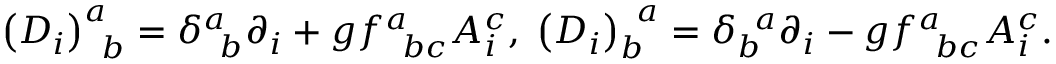
\left( D _ { i } \right) _ { \; \; b } ^ { a } = \delta _ { \; \; b } ^ { a } \partial _ { i } + g f _ { \; \; b c } ^ { a } A _ { i } ^ { c } , \; \left( D _ { i } \right) _ { b } ^ { \; \; a } = \delta _ { b } ^ { \; \; a } \partial _ { i } - g f _ { \; \; b c } ^ { a } A _ { i } ^ { c } .